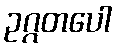
ဥဂ္ဂတပေါ